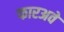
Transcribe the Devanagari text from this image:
फारअवे